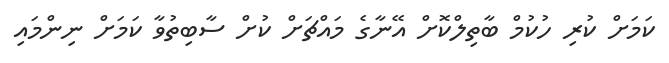
ކަމަށް ކުރި ހުކުމް ބާތިލްކޮށް އޭނާގެ މައްޗަށް ކުށް ސާބިތުވާ ކަމަށް ނިންމައި